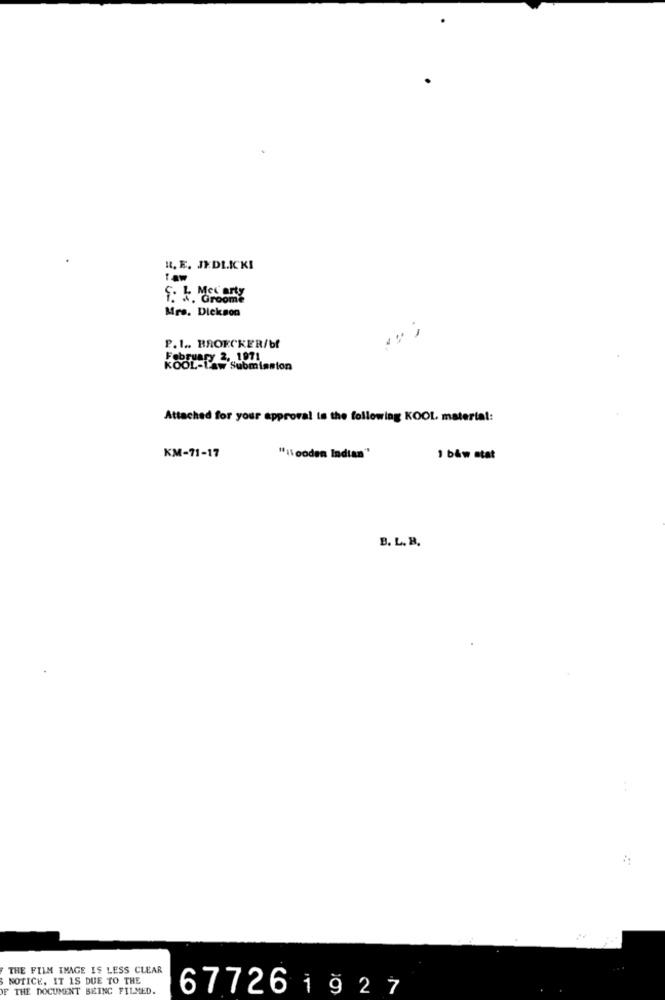
H. E. JEDLICKI
S. L. Mccarty
Groome
Mrs. Dickson
P.1 .. BROECKER/bf
February 2. 1971
Law Submission
Attached for your approval is the following KOOL, material:
KM-71-17
"il ooden Indian"
1 b&w stat
B. L. B.
THE FILM IMAGE IS LESS CLEAR
NOTICE, IT IS DUE TO THE
OF THE DOCUMENT BEING FILMED.
67726 1 9 2 7